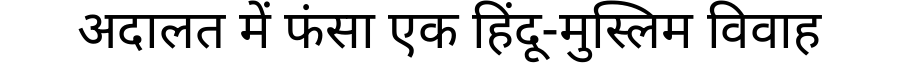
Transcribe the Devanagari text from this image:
अदालत में फंसा एक हिंदू-मुस्लिम विवाह